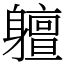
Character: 䡀